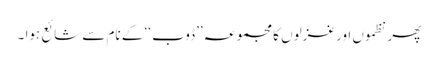
پھر نظموں اور غزلوں کا مجموعہ ’’ڈوب ‘‘ کے نام سے شائع ہوا ۔